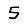
Digit: 5